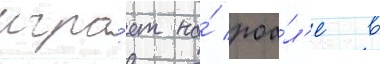
игра́ет на́ роа́л'е в